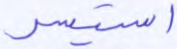
استيسر